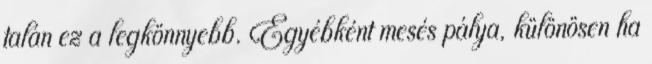
talán ez a legkönnyebb. Egyébként mesés pálya, különösen ha